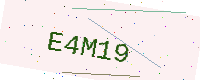
Text: E4M19